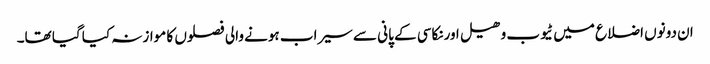
ان دونوں اضلاع میں ٹیوب وھیل اورنکاسی کے پانی سے سیراب ہونے والی فصلوں کا موازنہ کیا گیا تھا۔